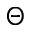
\Theta